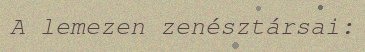
A lemezen zenésztársai: